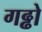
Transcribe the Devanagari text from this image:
गढ्ढो